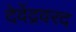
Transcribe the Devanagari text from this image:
देवेंद्रवरद